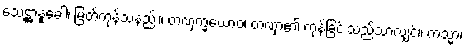
သေဋ္ဌာနူခေါ၊ မြတ်ကုန်သနည်း။ တဏှက္ခယောဝ၊ တဏှာ၏ ကုန်ခြင်းသည်သာလျှင်။ ကသ္မာ၊